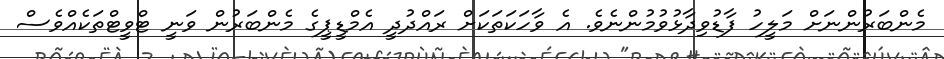
މެންބަރުންނަށް މަލީހު ފާޑުވިދާޅުވުމުންނެވެ. އެ ވާހަކަތަކަށް ރައްދުދީ އެމްޑީޕީގެ މެންބަރުން ވަނީ ޓްވީޓްތަކެއްވެސް